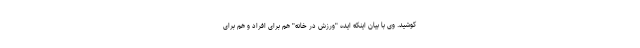
کوشید. وی با بیان اینکه ایده "ورزش در خانه" هم برای افراد و هم برای